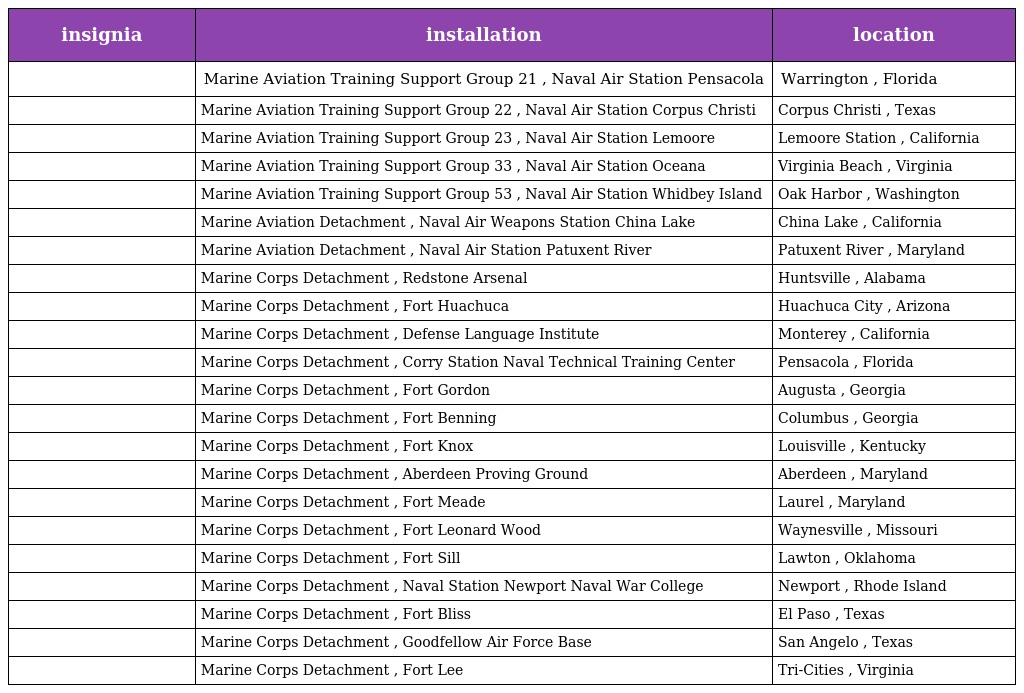
| insignia | installation | location |
 | --- | --- | --- |
 |  | Marine Aviation Training Support Group 21 , Naval Air Station Pensacola | Warrington , Florida |
 |  | Marine Aviation Training Support Group 22 , Naval Air Station Corpus Christi | Corpus Christi , Texas |
 |  | Marine Aviation Training Support Group 23 , Naval Air Station Lemoore | Lemoore Station , California |
 |  | Marine Aviation Training Support Group 33 , Naval Air Station Oceana | Virginia Beach , Virginia |
 |  | Marine Aviation Training Support Group 53 , Naval Air Station Whidbey Island | Oak Harbor , Washington |
 |  | Marine Aviation Detachment , Naval Air Weapons Station China Lake | China Lake , California |
 |  | Marine Aviation Detachment , Naval Air Station Patuxent River | Patuxent River , Maryland |
 |  | Marine Corps Detachment , Redstone Arsenal | Huntsville , Alabama |
 |  | Marine Corps Detachment , Fort Huachuca | Huachuca City , Arizona |
 |  | Marine Corps Detachment , Defense Language Institute | Monterey , California |
 |  | Marine Corps Detachment , Corry Station Naval Technical Training Center | Pensacola , Florida |
 |  | Marine Corps Detachment , Fort Gordon | Augusta , Georgia |
 |  | Marine Corps Detachment , Fort Benning | Columbus , Georgia |
 |  | Marine Corps Detachment , Fort Knox | Louisville , Kentucky |
 |  | Marine Corps Detachment , Aberdeen Proving Ground | Aberdeen , Maryland |
 |  | Marine Corps Detachment , Fort Meade | Laurel , Maryland |
 |  | Marine Corps Detachment , Fort Leonard Wood | Waynesville , Missouri |
 |  | Marine Corps Detachment , Fort Sill | Lawton , Oklahoma |
 |  | Marine Corps Detachment , Naval Station Newport Naval War College | Newport , Rhode Island |
 |  | Marine Corps Detachment , Fort Bliss | El Paso , Texas |
 |  | Marine Corps Detachment , Goodfellow Air Force Base | San Angelo , Texas |
 |  | Marine Corps Detachment , Fort Lee | Tri-Cities , Virginia |